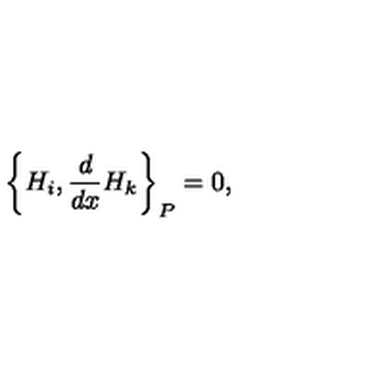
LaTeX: \left\{ H _ { i } , \frac { d } { d x } H _ { k } \right\} _ { P } = 0 ,